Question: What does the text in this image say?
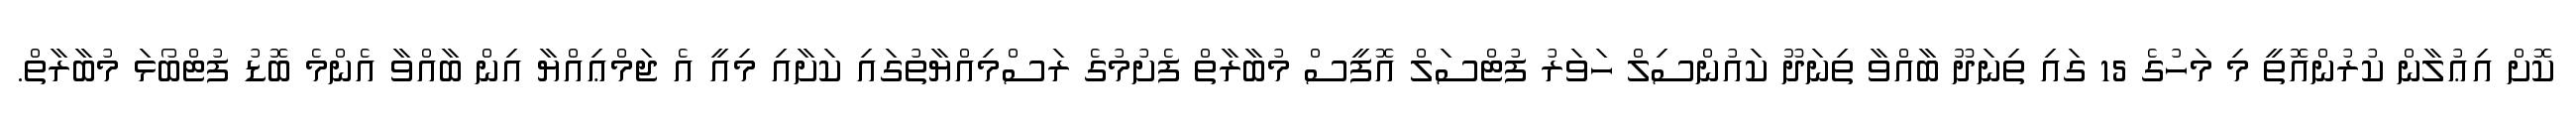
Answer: ކޮށް އިޢުލާން ކުރުންއޮތީ މި މަހުގެ 15 ގައި ތިނަދޫ ބާއްވާ ތިނަދޫ ކައުންސިލް ހަވަރު ފުޓްސަލް އޮފީސް މުބާރާތް ފެށުމުގެ ރަސްމިއްޔާތުގައި ކަށާއި މިއީ އެ ޖަމްޢިއްޔާ އިން ބާއްވާ އެންމެ ބޮޑު ފުޓްބޯޅަ މުބާރާތް.